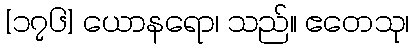
[၁၇၆] ယောနရော၊ သည်။ ဧတေသု၊